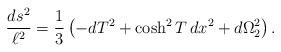
LaTeX: \begin{align*}{ds^2\over\ell^2} = \frac{1}{3} \left(-dT^2 + \cosh^2 T\, dx^2 + d\Omega_2^2 \right).\end{align*}